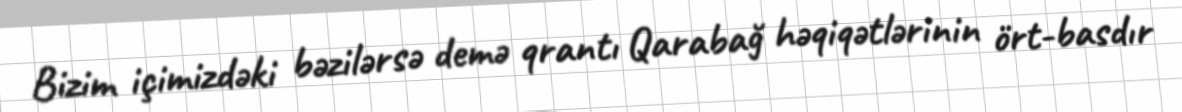
Bizim içimizdəki bəzilərsə demə qrantı Qarabağ həqiqətlərinin ört-basdır